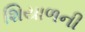
શિયાળની